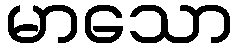
မာသော